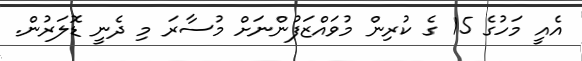
އެއީ މަހުގެ 15 ގެ ކުރިން މުވައްޒަފުންނަށް މުސާރަ މި ދެނީ ޑޮލަރުން.